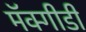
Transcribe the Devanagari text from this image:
मॅक्गीडी